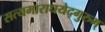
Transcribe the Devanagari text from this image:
सत्यमाराधयेद्गुरुम्